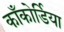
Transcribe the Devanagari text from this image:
काँकोर्डिया